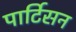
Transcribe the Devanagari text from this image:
पार्टिसन